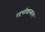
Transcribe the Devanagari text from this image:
पद्ध्तीशास्त्रावर